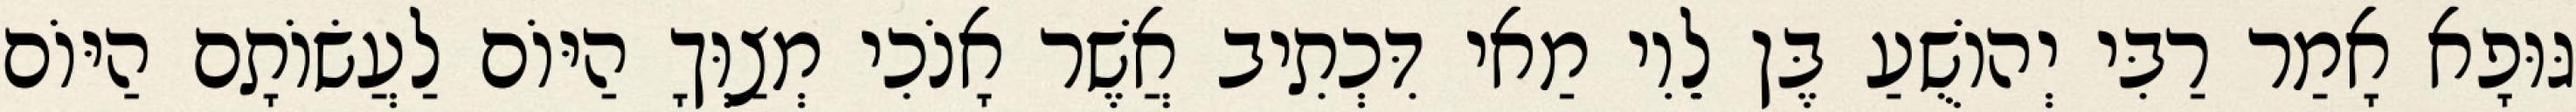
גּוּפָא אָמַר רַבִּי יְהוֹשֻׁעַ בֶּן לֵוִי מַאי דִּכְתִיב אֲשֶׁר אָנֹכִי מְצַוְּךָ הַיּוֹם לַעֲשׂוֹתָם הַיּוֹם